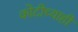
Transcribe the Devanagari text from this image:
कोटीच्याही